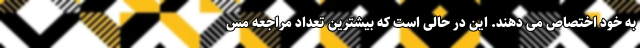
به خود اختصاص می دهند. این در حالی است که بیشترین تعداد مراجعه مس